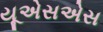
યૂએસએસ